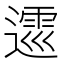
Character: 𨖝